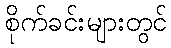
စိုက်ခင်းများတွင်